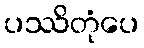
ပဿိတုံပေ